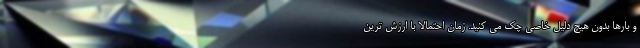
و بارها بدون هیچ دلیل خاصی چک می کنید. زمان احتمالا با ارزش ‌ترین